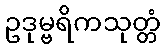
ဥဒုမ္ဗရိကသုတ္တံ